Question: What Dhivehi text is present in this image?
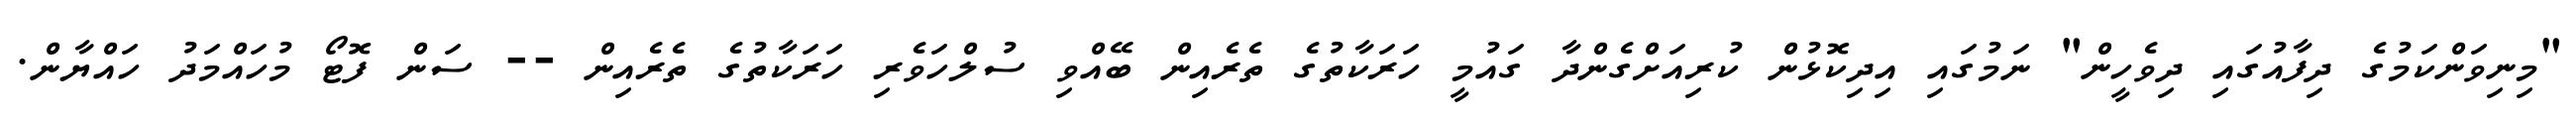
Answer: "މިނިވަންކަމުގެ ދިފާއުގައި ދިވެހީން" ނަމުގައި އިދިކޮޅުން ކުރިއަށްގެންދާ ގައުމީ ހަރަކާތުގެ ތެރެއިން ބޭއްވި ސުލްހަވެރި ހަރަކާތުގެ ތެރެއިން -- ސަން ފޮޓޯ މުހައްމަދު ހައްޔާން.